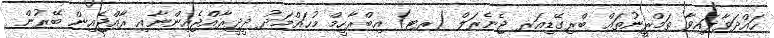
ހައްދަވާފައިވާ ތަމްރީނުތައް ބްރިގޭޑިއަރ ޖެނެރަލް (ރޓ) އިބްރާހީމް މުޙައްމަދު ދީދީރާއްޖެއިންނާއި ރާއްޖެއިން ބޭރުން